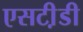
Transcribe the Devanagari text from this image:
एसटी़डी